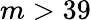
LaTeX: m>39